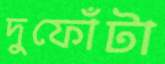
দুফোঁটা